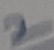
Text: 2